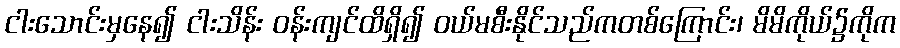
ငါးသောင်းမှနေ၍ ငါးသိန်း ဝန်းကျင်ထိရှိ၍ ဝယ်မစီးနိုင်သည်ကတစ်ကြောင်း၊ မိမိကိုယ်၌ကိုက